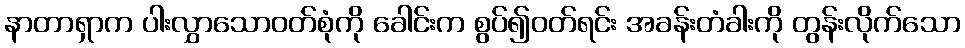
နာတာရှာက ပါးလွှာသောဝတ်စုံကို ခေါင်းက စွပ်၍ဝတ်ရင်း အခန်းတံခါးကို တွန်းလိုက်သော